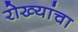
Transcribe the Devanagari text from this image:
रोख्यांचा